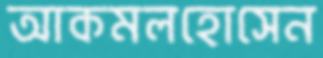
আকমলহোসেন